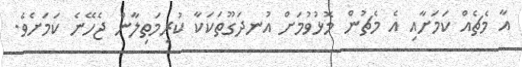
އާ މެޗެއް ކަމަށާއި އެ މެޗުން މޮޅުވުމަށް އުނދަގޫތަކަކާ ކުރިމަތިލާން ޖެހޭނެ ކަމަށެވެ.